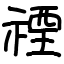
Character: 禋